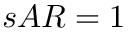
s A R = 1